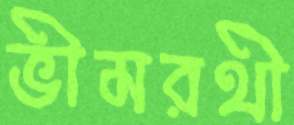
ভীমরথী